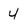
Character: 4